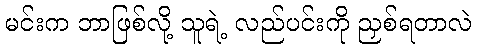
မင်းက ဘာဖြစ်လို့ သူရဲ့ လည်ပင်းကို ညှစ်ရတာလဲ